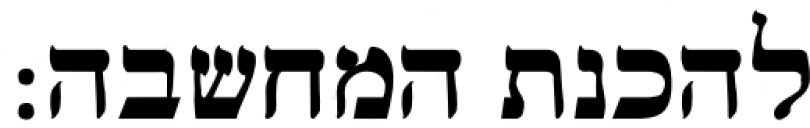
להכנת המחשבה: